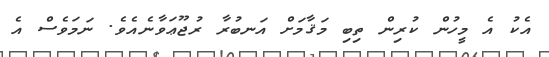
އެކު އެ މީހުން ކުރިން ތިބި މަޤާމަށް އަނބުރާ ރުޖޫޢަވާނެއެވެ. ނަމަވެސް އެ